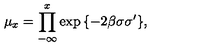
\mu _ { x } = \prod _ { - \infty } ^ { x } \exp { \{ - 2 \beta \sigma \sigma ^ { \prime } \} } ,